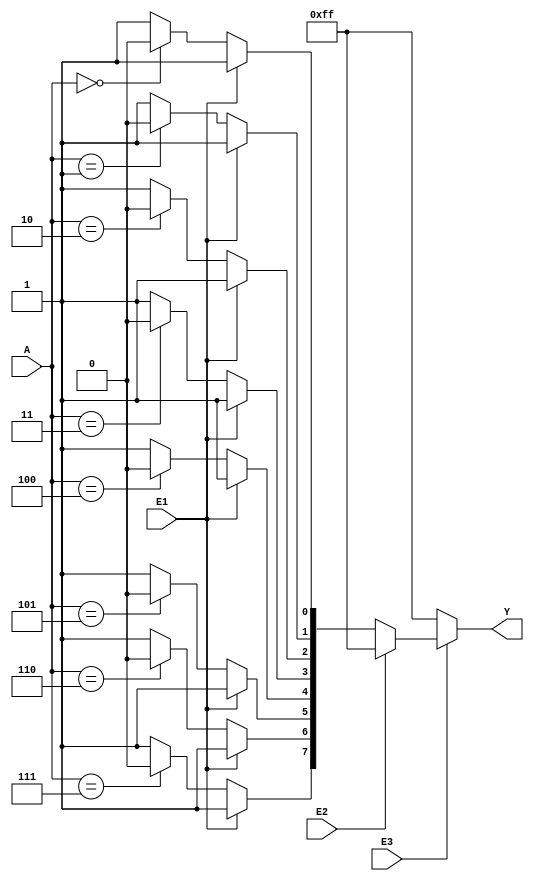
module C74X138(input E3,E2,E1,input [2:0] A,output reg [7:0] Y);
  integer k;
  always @(E3,E2,E1,A)
  begin
    Y = 8'b11111111;
    if (E3 == 0);
	else if (E2 == 1);
	else if (E1 == 1);
	else
	   begin
	    for(k=0;k<8;k=k+1)
		  if(A == k)
		    Y[k] = 0;	
	   end
  end
endmodule